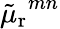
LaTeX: {\tilde{\mu}_{\mathrm{r}}}^{mn}